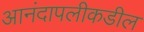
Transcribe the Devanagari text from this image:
आनंदापलीकडील